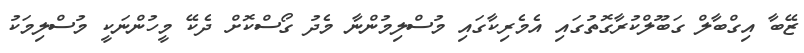
ޒޭބާ އިގްބާލް ގަބޫލްކުރާގޮތުގައި އެމެރިކާގައި މުސްލިމުންނާ މެދު ގޯސްކޮށް ދެކޭ މީހުންނަކީ މުސްލިމަކު